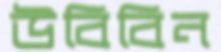
উবিবিন